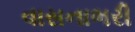
વાસનાભરી